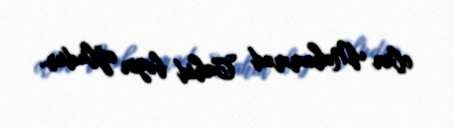
olan Məhəmməd Cahid bəyin oğludur.